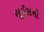
સૂઈસનો